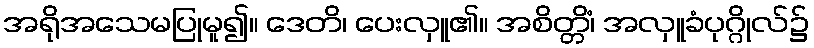
အရိုအသေမပြုမူ၍။ ဒေတိ၊ ပေးလှူ၏။ အစိတ္တိံ၊ အလှူခံပုဂ္ဂိုလ်၌